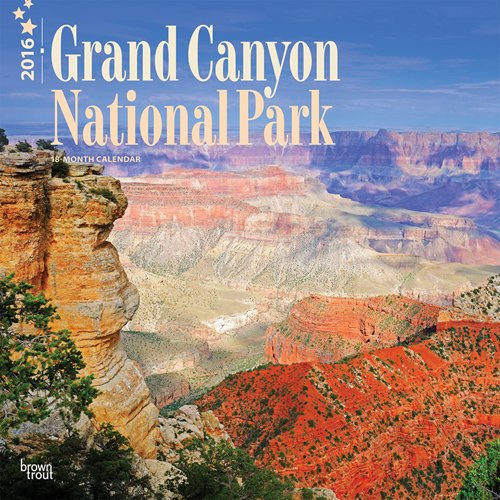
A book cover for Grand Canyon National Park 2016 Square 12x12 (Multilingual Edition); Browntrout Publishers; Travel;